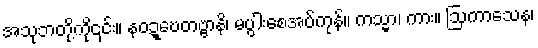
အသုဘတို့ကို၎င်း။ နဝဍ္ဎေတဗ္ဗာနိ၊ မပွါးစေအပ်ကုန်။ ကသ္မာ၊ ကား။ ဩကာသေန၊